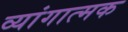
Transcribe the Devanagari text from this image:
व्यांगात्मक